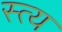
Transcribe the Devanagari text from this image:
स्त्य